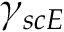
\gamma _ { s c E }